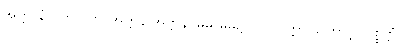
အတ္တာနံ ပတိ ပတိ-အတ္တနိ အတ္တနိ၊ မိမိ မိမိ၌။ ပဝတ္တတ္တာ၊ ကြောင့်။ ပစ္စတ္တံ၊